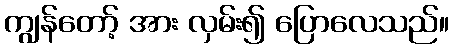
ကျွန်တော့် အား လှမ်း၍ ပြောလေသည်။